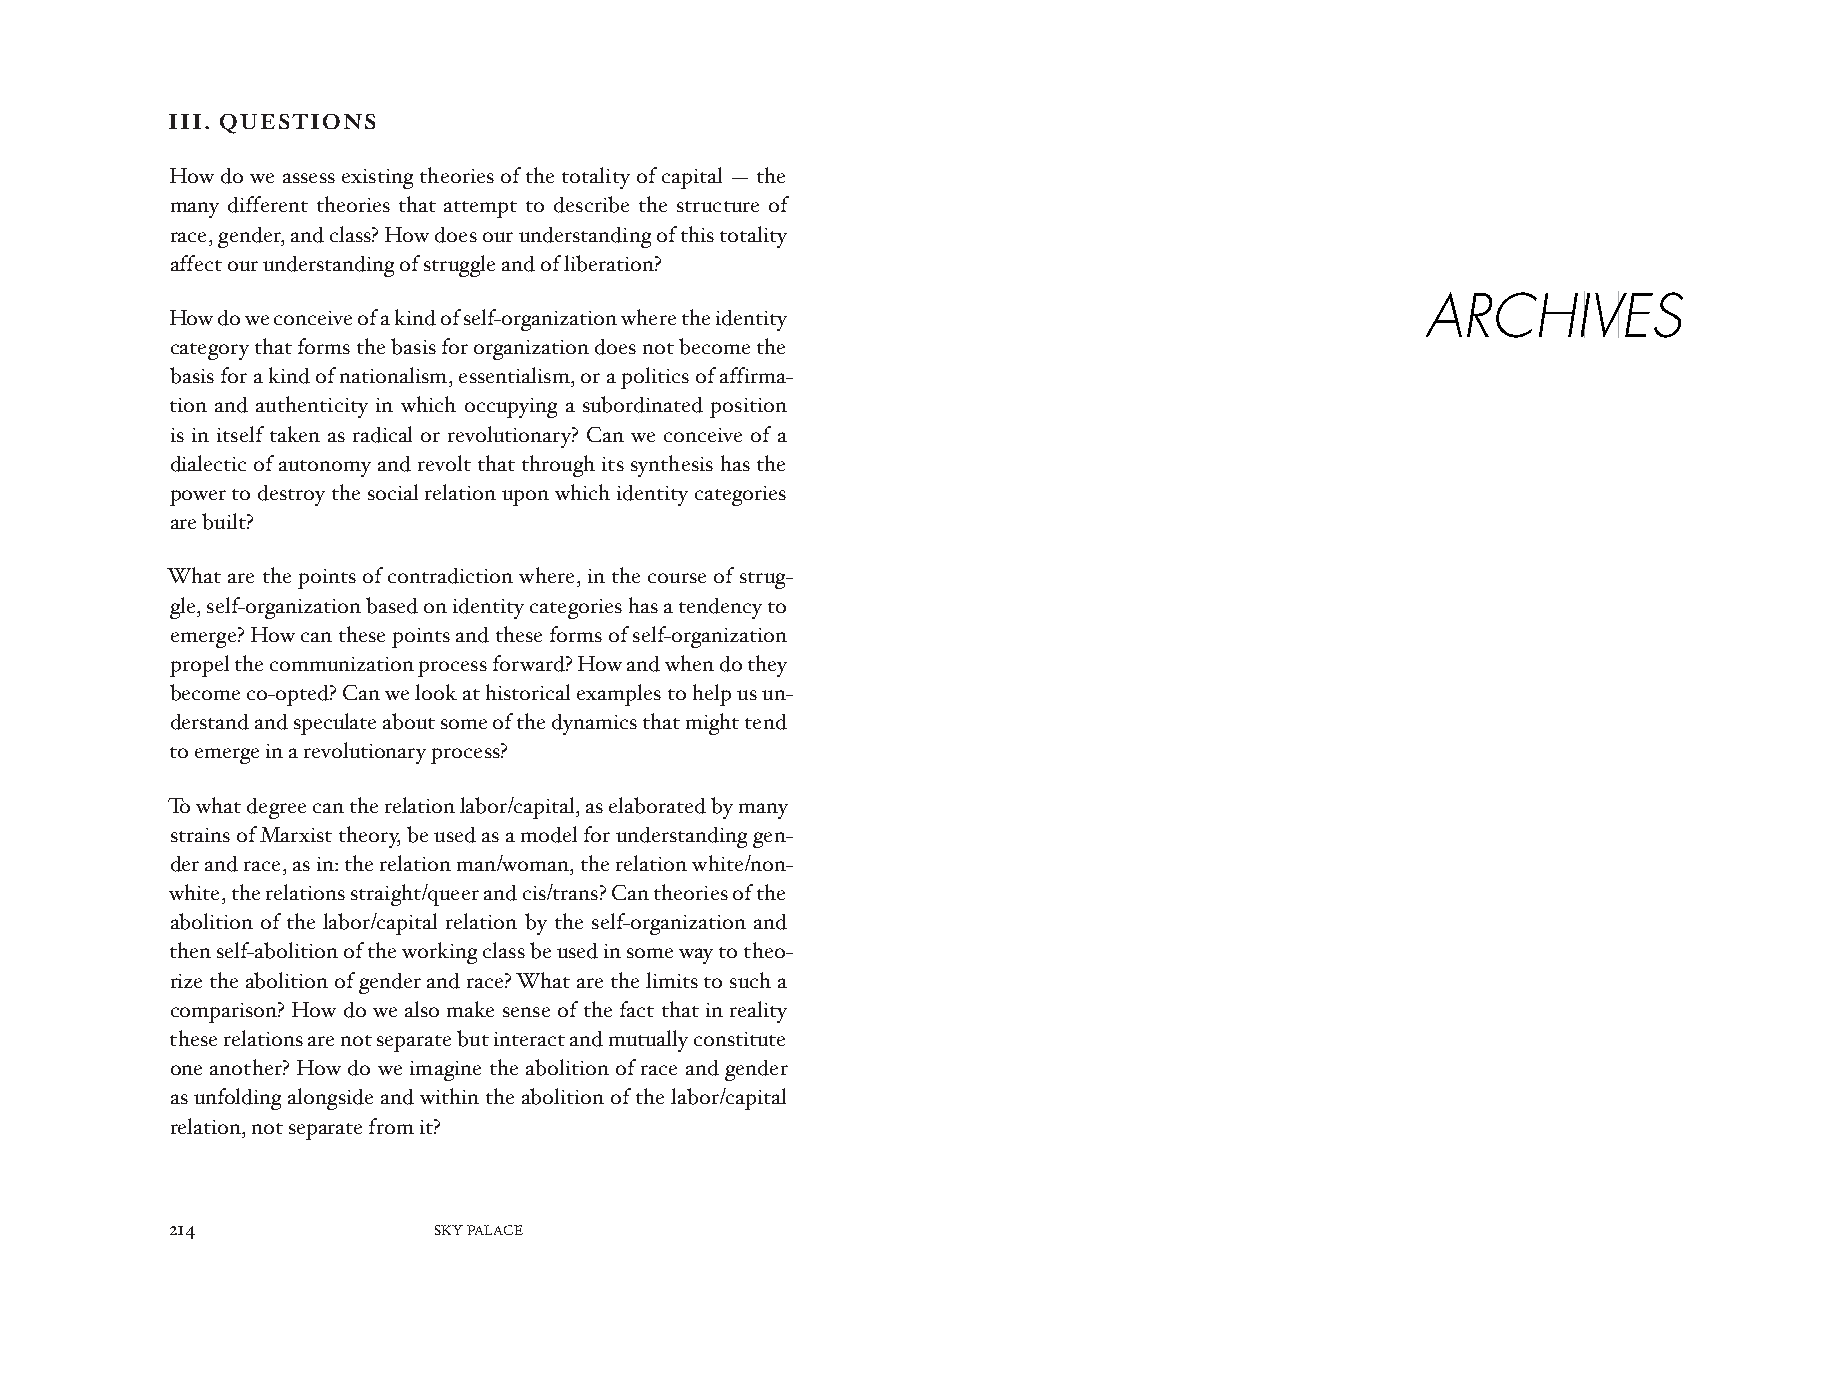
III. QUESTIONS
 How do we assess existing theories of the totality of capital — the
 many different theories that attempt to describe the structure of
 race, gender, and class? How does our understanding of this totality
 affect our understanding of struggle and of liberation?
 ARCHIIVVES
 How do we conceive of a kind of self-organization where the identity
 category that forms the basis for organization does not become the
 basis for a kind of nationalism, essentialism, or a politics of affirma-
 tion and authenticity in which occupying a subordinated position
 is in itself taken as radical or revolutionary? Can we conceive of a
 dialectic of autonomy and revolt that through its synthesis has the
 power to destroy the social relation upon which identity categories
 are built?
 What are the points of contradiction where, in the course of strug-
 gle, self-organization based on identity categories has a tendency to
 emerge? How can these points and these forms of self-organization
 propel the communization process forward? How and when do they
 become co-opted? Can we look at historical examples to help us un-
 derstand and speculate about some of the dynamics that might tend
 to emerge in a revolutionary process?
 To what degree can the relation labor/capital, as elaborated by many
 strains of Marxist theory, be used as a model for understanding gen-
 der and race, as in: the relation man/woman, the relation white/non-
 white, the relations straight/queer and cis/trans? Can theories of the
 abolition of the labor/capital relation by the self-organization and
 then self-abolition of the working class be used in some way to theo-
 rize the abolition of gender and race? What are the limits to such a
 comparison? How do we also make sense of the fact that in reality
 these relations are not separate but interact and mutually constitute
 one another? How do we imagine the abolition of race and gender
 as unfolding alongside and within the abolition of the labor/capital
 relation, not separate from it?
 214               SKY PALACE